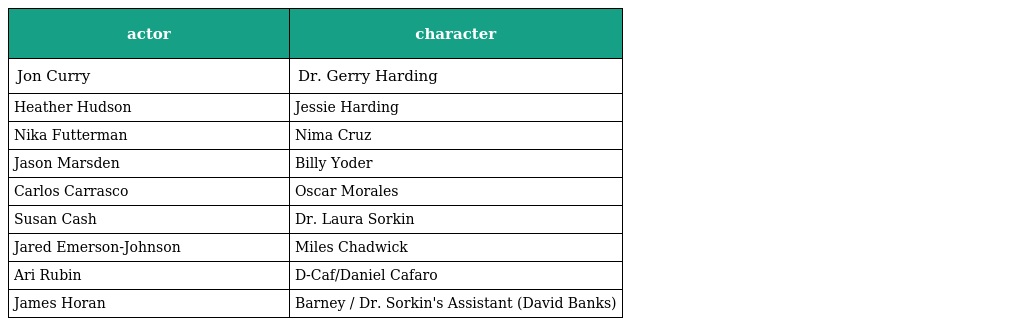
| actor | character |
 | --- | --- |
 | Jon Curry | Dr. Gerry Harding |
 | Heather Hudson | Jessie Harding |
 | Nika Futterman | Nima Cruz |
 | Jason Marsden | Billy Yoder |
 | Carlos Carrasco | Oscar Morales |
 | Susan Cash | Dr. Laura Sorkin |
 | Jared Emerson-Johnson | Miles Chadwick |
 | Ari Rubin | D-Caf/Daniel Cafaro |
 | James Horan | Barney / Dr. Sorkin's Assistant (David Banks) |